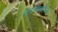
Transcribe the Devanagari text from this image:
उपलाक्षणिक